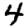
Digit: 4